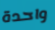
واحدة